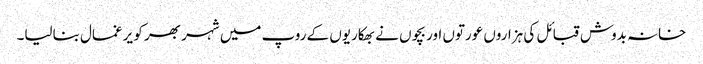
خانہ بدوش قبائل کی ہزاروں عورتوں اور بچوں نے بھکاریوں کے روپ میں شہر بھر کو یرغمال بنالیا۔